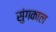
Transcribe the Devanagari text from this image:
सुंगकाल